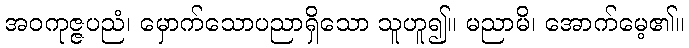
အဝကုဇ္ဇပညံ၊ မှောက်သောပညာရှိသော သူဟူ၍။ မညာမိ၊ အောက်မေ့၏။